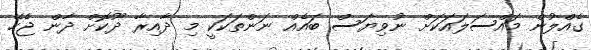
ގެއްލުން މައްސަލައަކަށް ނުވިޔަސް ބައެއް ނަންތަކަކީ މި ދާއިރާ ދޫކޮށް ދާން ޖެހޭ